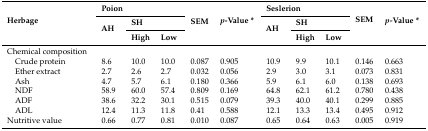
<table><thead><tr><td rowspan="3"><b>Herbage</b></td><td colspan="3"><b>Poion</b></td><td rowspan="3"><b>SEM</b></td><td rowspan="3"><b><i>p</i>-Value *</b></td><td colspan="3"><b>Seslerion</b></td><td rowspan="3"><b>SEM</b></td><td rowspan="3"><b><i>p-</i>Value *</b></td></tr><tr><td rowspan="2"><b>AH</b></td><td colspan="2"><b>SH</b></td><td rowspan="2"><b>AH</b></td><td colspan="2"><b>SH</b></td></tr><tr><td><b>High</b></td><td><b>Low</b></td><td><b>High</b></td><td><b>Low</b></td></tr></thead><tbody><tr><td>Chemical composition</td><td></td><td></td><td></td><td></td><td></td><td></td><td></td><td></td><td></td><td></td></tr><tr><td> Crude protein</td><td>8.6</td><td>10.0</td><td>10.0</td><td>0.087</td><td>0.905</td><td>10.9</td><td>9.9</td><td>10.1</td><td>0.146</td><td>0.663</td></tr><tr><td> Ether extract</td><td>2.7</td><td>2.6</td><td>2.7</td><td>0.032</td><td>0.056</td><td>2.9</td><td>3.0</td><td>3.1</td><td>0.073</td><td>0.831</td></tr><tr><td> Ash</td><td>4.7</td><td>5.7</td><td>6.1</td><td>0.180</td><td>0.366</td><td>5.9</td><td>6.1</td><td>6.0</td><td>0.138</td><td>0.693</td></tr><tr><td> NDF</td><td>58.9</td><td>60.0</td><td>57.4</td><td>0.809</td><td>0.169</td><td>64.8</td><td>62.1</td><td>61.2</td><td>0.780</td><td>0.438</td></tr><tr><td> ADF</td><td>38.6</td><td>32.2</td><td>30.1</td><td>0.515</td><td>0.079</td><td>39.3</td><td>40.0</td><td>40.1</td><td>0.299</td><td>0.885</td></tr><tr><td> ADL</td><td>12.4</td><td>11.3</td><td>11.8</td><td>0.41</td><td>0.588</td><td>12.1</td><td>13.3</td><td>13.4</td><td>0.495</td><td>0.912</td></tr><tr><td>Nutritive value </td><td>0.66</td><td>0.77</td><td>0.81</td><td>0.010</td><td>0.087</td><td>0.65</td><td>0.64</td><td>0.63</td><td>0.005</td><td>0.919</td></tr></tbody></table>